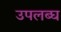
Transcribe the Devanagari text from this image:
उपलब्‍घ